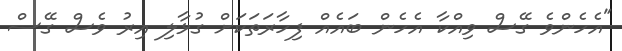
"އެހެންވެ ގޭސް ވިއްކާ އެހެން ބައެއް ފިހާރަތަކަށް ގުޅާލި އިރު ވެސް ގޭސް